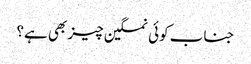
جناب کوئی نمکین چیز بھی ہے؟